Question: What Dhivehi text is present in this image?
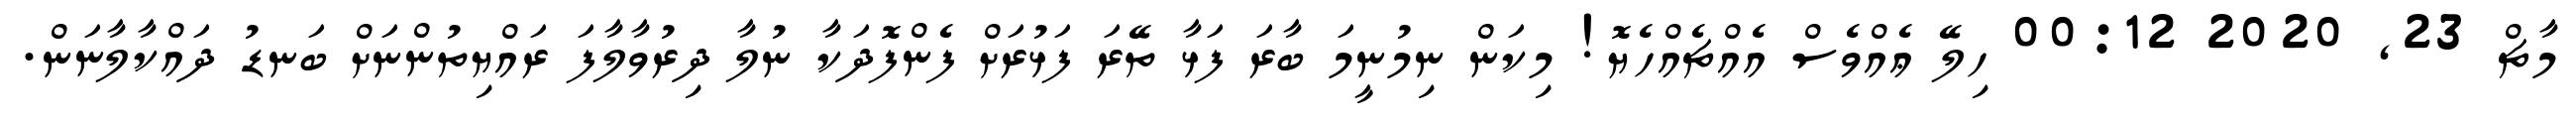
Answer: މާޗް 23, 2020 00:12 ހިލޭ ޢެއްވެސް އެއްޗެއްހެޔޮ! މިކަން ނިމުނީމަ ބާރަ ފަޅާ ތޭރަ ފަޅުރަށް ފެންފޮދަކާ ނުލާ ދިރުވާލާފަ ރައްޔިތުންނަށް ބަނޑު ދައްކާލާނަން.